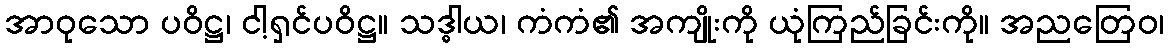
အာဝုသော ပဝိဋ္ဌ၊ ငါ့ရှင်ပဝိဋ္ဌ။ သဒ္ဓါယ၊ ကံကံ၏ အကျိုးကို ယုံကြည်ခြင်းကို။ အညတြေဝ၊